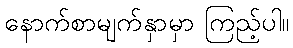
နောက်စာမျက်နှာမှာ ကြည့်ပါ။